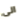
الى